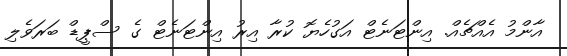
އާންމު އެއްޗެއް. އިންޓަނެޓް އަގުހެޔޮ ކުރާ އިރު އިންޓަނެޓް ގެ ސްޕީޑް ބަރަވެލި